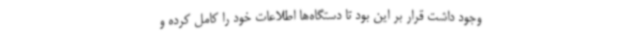
وجود داشت قرار بر این بود تا دستگاه‌ها اطلاعات خود را کامل کرده و